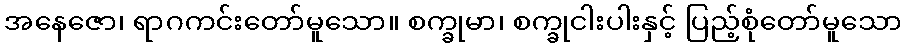
အနေဇော၊ ရာဂကင်းတော်မူသော။ စက္ခုမာ၊ စက္ခုငါးပါးနှင့် ပြည့်စုံတော်မူသော